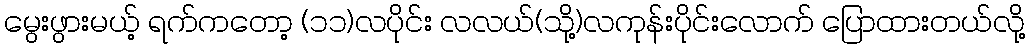
မွေးဖွားမယ့် ရက်ကတော့ (၁၁)လပိုင်း လလယ်(သို့)လကုန်းပိုင်းလောက် ပြောထားတယ်လို့